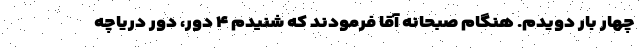
چهار بار دویدم. هنگام صبحانه آقا فرمودند که شنیدم ۴ دور، دور دریاچه